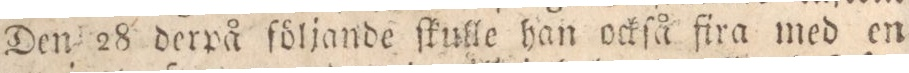
Den 28 derpå följande ſkulle han ockſå fira med en